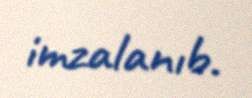
imzalanıb.